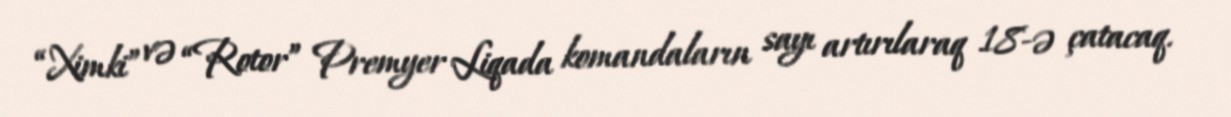
“Ximki” və “Rotor” Premyer Liqada komandaların sayı artırılaraq 18-ə çatacaq.